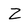
Character: Z